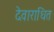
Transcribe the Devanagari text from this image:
देवाराधित